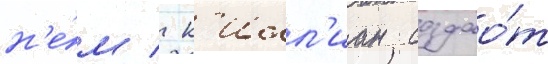
н'е́м / к'илл'иан создао́т